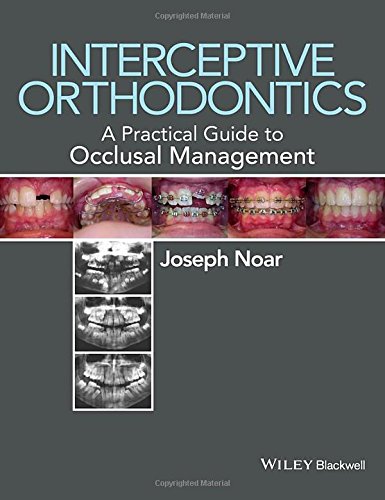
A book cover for Interceptive Orthodontics: A Practical Guide to Occlusal Management; Joseph Noar; Medical Books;